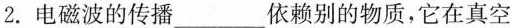
2.电磁波的传播___依赖别的物质，它在真空